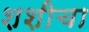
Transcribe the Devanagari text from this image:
शशीचा